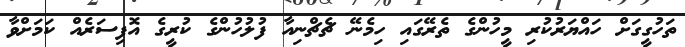
ތަހުގީގަށް ހައްޔަރުކުރި މީހުންގެ ތެރޭގައި ހިމެނޭ ޗެޗްނިއާ ފުލުހުންގެ ކުރީގެ އޮފިސަރެއް ކަމަށްވާ